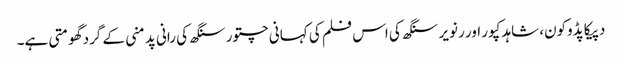
دپیکا پڈوکون، شاہد کپور اور رنویر سنگھ کی اس فلم کی کہانی چتور سنگھ کی رانی پدمنی کے گرد گھومتی ہے۔